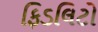
ફિડલિટો